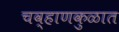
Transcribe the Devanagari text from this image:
चव्हाणकुळात